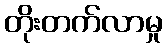
တိုးတက်လာမှု